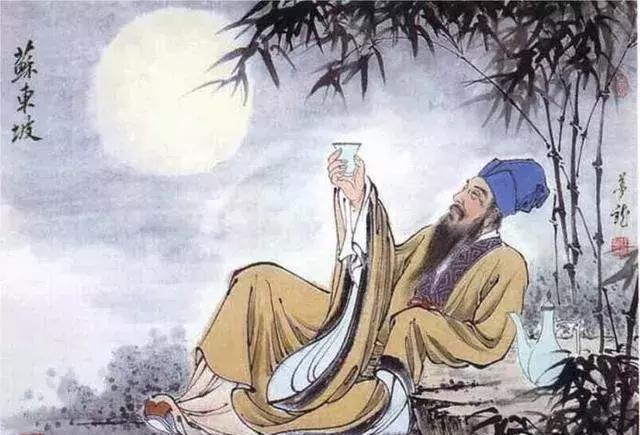
有情风万里卷潮来，无情送潮归。